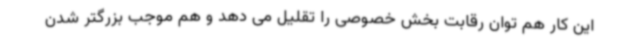
این کار هم توان رقابت بخش خصوصی را تقلیل می دهد و هم موجب بزرگتر شدن